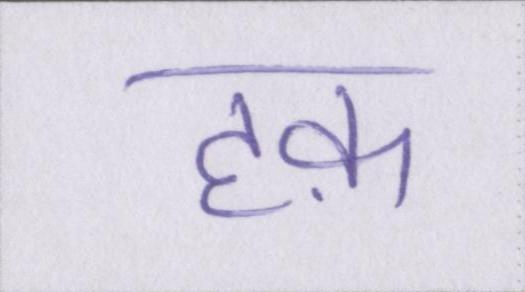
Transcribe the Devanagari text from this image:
हक़